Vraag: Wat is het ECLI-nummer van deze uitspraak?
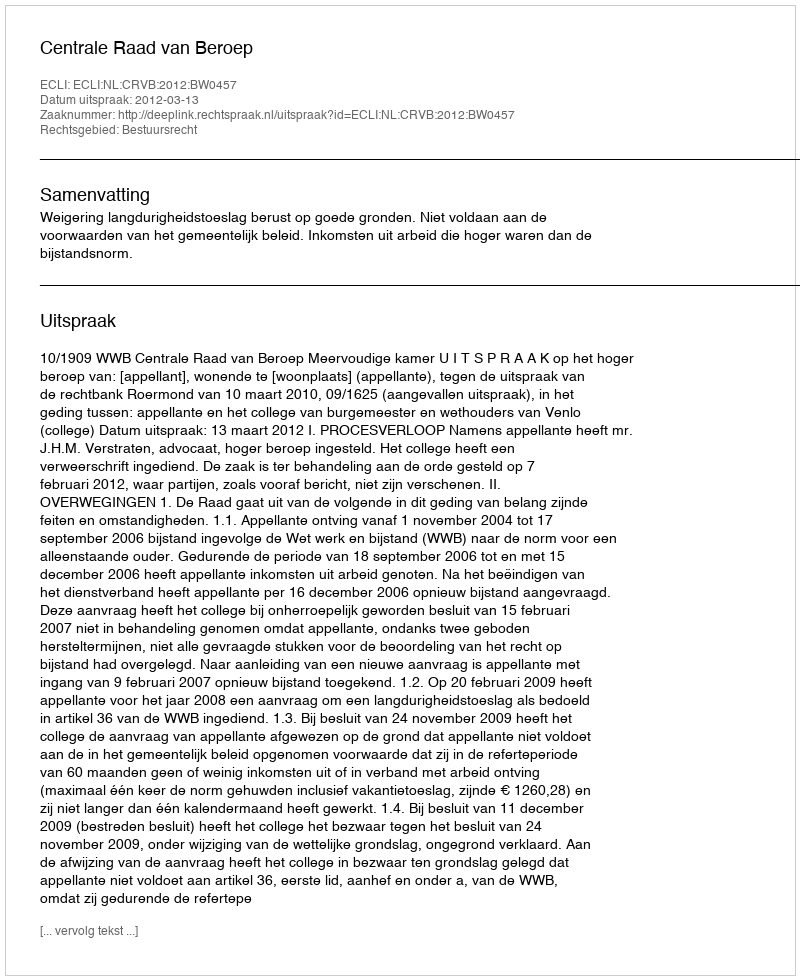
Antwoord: ECLI:NL:CRVB:2012:BW0457